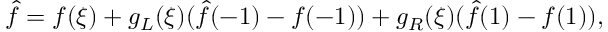
\hat { f } = f ( \xi ) + g _ { L } ( \xi ) ( \hat { f } ( - 1 ) - f ( - 1 ) ) + g _ { R } ( \xi ) ( \hat { f } ( 1 ) - f ( 1 ) ) ,